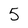
Character: 5